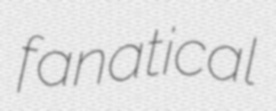
fanatical